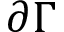
\partial \Gamma